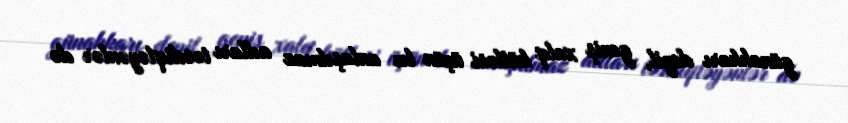
günahkarı deyil, geniş xalq kütləsi üçün bu anlaşılmaz adları təsdiqləyənlər də